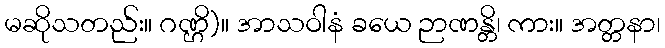
မဆိုသတည်း။ ဂဏ္ဌိ)။ အာသဝါနံ ခယေ ဉာဏန္တိ၊ ကား။ အတ္တနာ၊